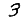
Digit: 3